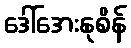
ဒေါ်အေးနုစိန်